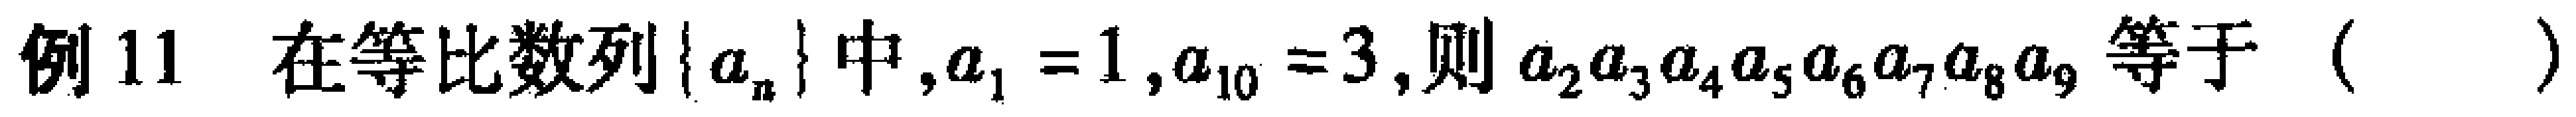
例11 在等比数列\(\{ a_{n}\}\)中，\(a_{1}=1\)，\(a_{10}=3\)，则\(a_{2}a_{3}a_{4}a_{5}a_{6}a_{7}a_{8}a_{9}\)等于（  ）